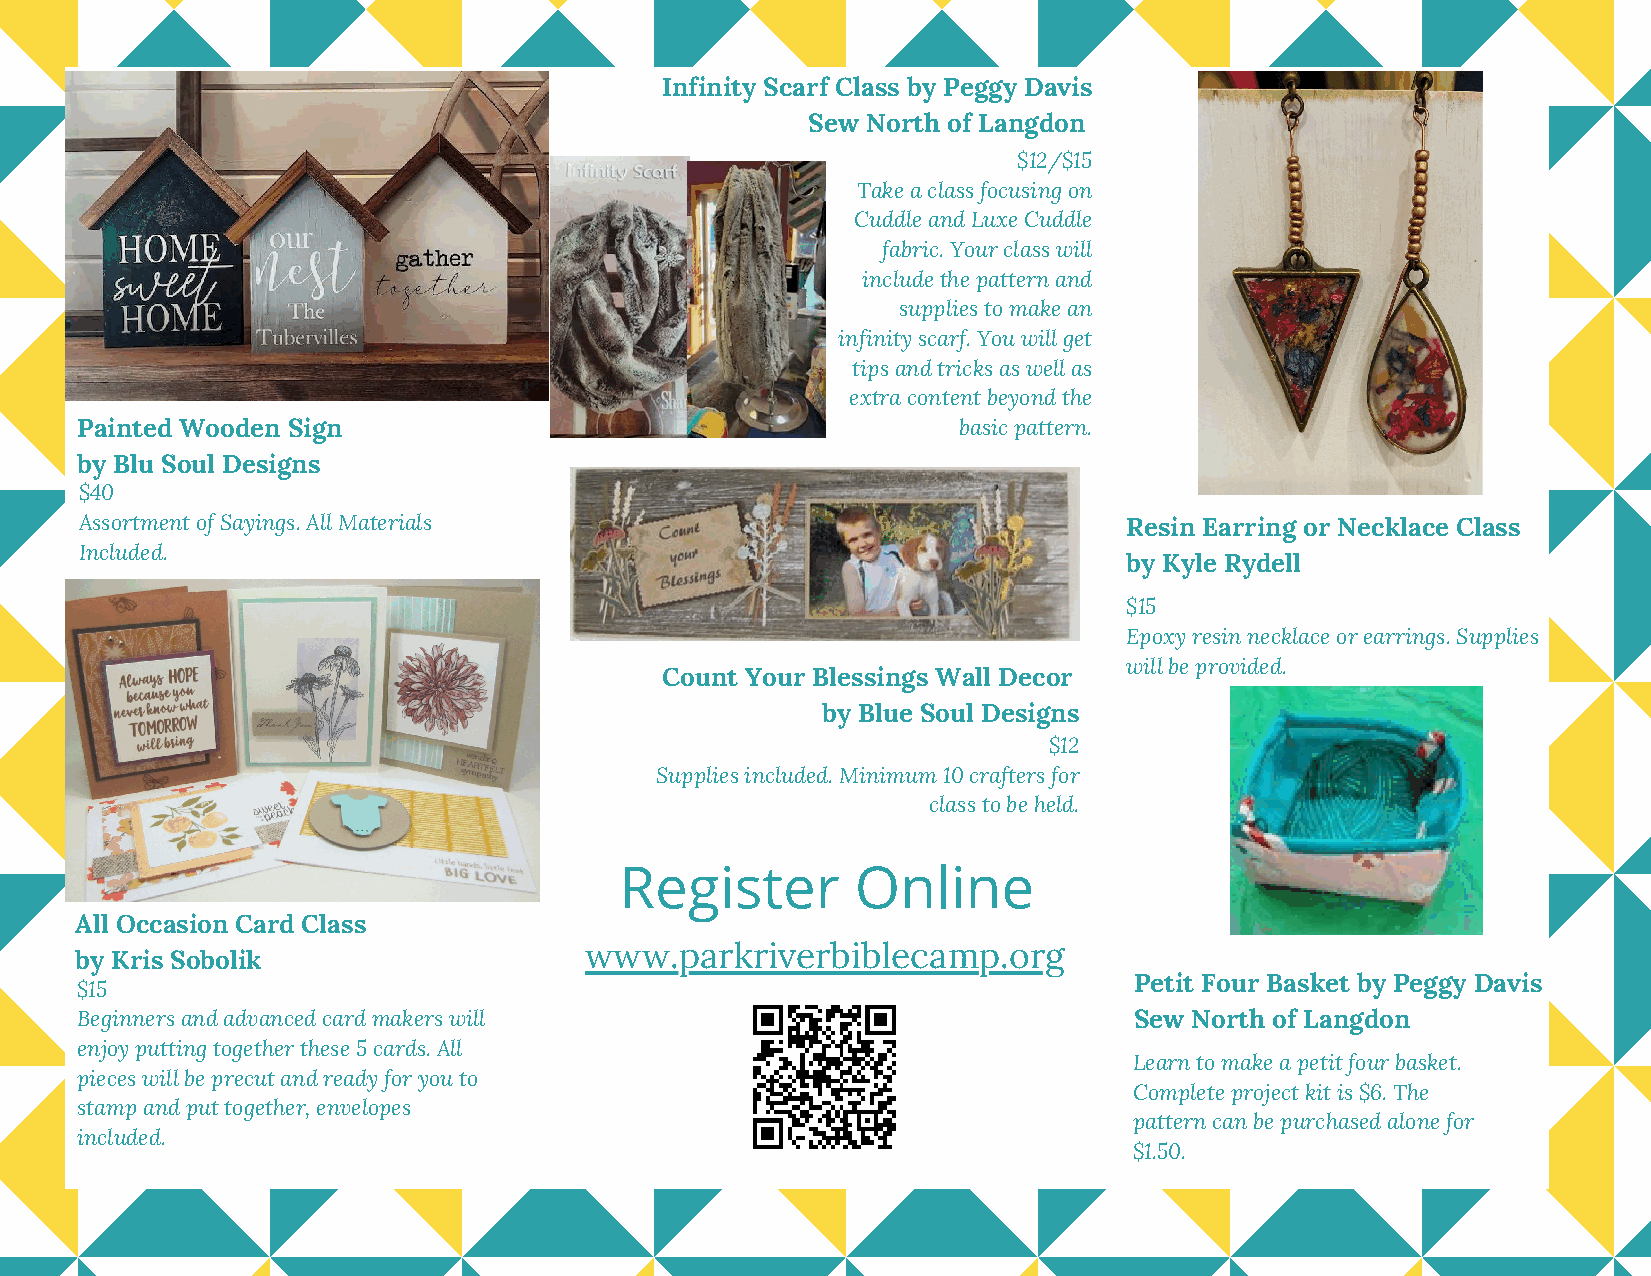
Infinity Scarf Class by Peggy Davis
 Sew North of Langdon
 $12/$15
 Take a class focusing on
 Cuddle and Luxe Cuddle
 fabric. Your class will
 include the pattern and
 supplies to make an
 infinity scarf. You will get
 tips and tricks as well as
 extra content beyond the
 Painted Wooden Sign                                       basic pattern.
 by Blu Soul Designs
 $40
 Assortment of Sayings. All Materials                                  Resin Earring or Necklace Class
 Included.
 by Kyle Rydell
 $15
 Epoxy resin necklace or earrings. Supplies
 will be provided.
 Count Your Blessings Wall Decor
 by Blue Soul Designs
 $12
 Supplies included. Minimum 10 crafters for
 class to be held.
 Register        Online
 All Occasion Card Class
 www.parkriverbiblecamp.org
 by Kris Sobolik
 Petit Four Basket by Peggy Davis
 $15
 Beginners and advanced card makers will                               Sew North of Langdon
 enjoy putting together these 5 cards. All
 Learn to make a petit four basket.
 pieces will be precut and ready for you to
 Complete project kit is $6. The
 stamp and put together, envelopes
 pattern can be purchased alone for
 included.
 $1.50.